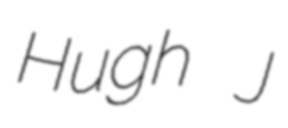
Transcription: Hugh J